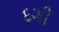
દગી